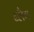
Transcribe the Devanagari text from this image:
ब्लैग